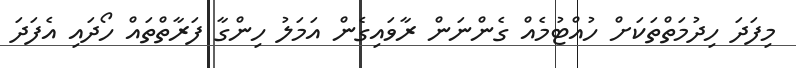
މިފަދަ ހިދުމަތްތަކަށް ހުއްޓުމެއް ގެންނަން ރާވައިގެން އަމަލު ހިންގާ ފަރާތްތައް ހޯދައި އެފަދަ